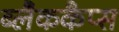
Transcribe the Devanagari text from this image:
ब्लैककैप्स